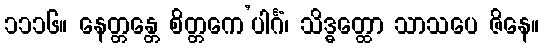
၁၁၁၆။ နေတ္တန္တေ စိတ္တကေ’ပါင်္ဂံ၊ သိဒ္ဓတ္ထော သာသပေ ဇိနေ။